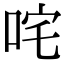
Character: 咤